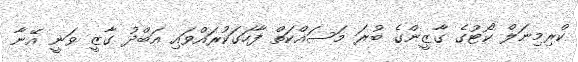
ކްރިމިނަލް ކޯޓުގެ ގާޒީންގެ ބުރަ މަސައްކަތް ފާހަގަކުރައްވައި އަބްދު ގާޒީ ވަނީ އޭނާ